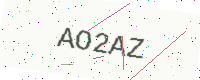
Text: AO2AZ